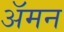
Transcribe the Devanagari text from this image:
अॅमन